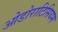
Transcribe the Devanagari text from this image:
ओडोराटिसियम